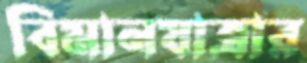
বিমানযাত্রার